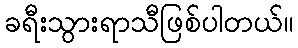
ခရီးသွားရာသီဖြစ်ပါတယ်။